Civil Veterinary Department Bengal reports 1933-51 - 1933-1951
Year: 1933
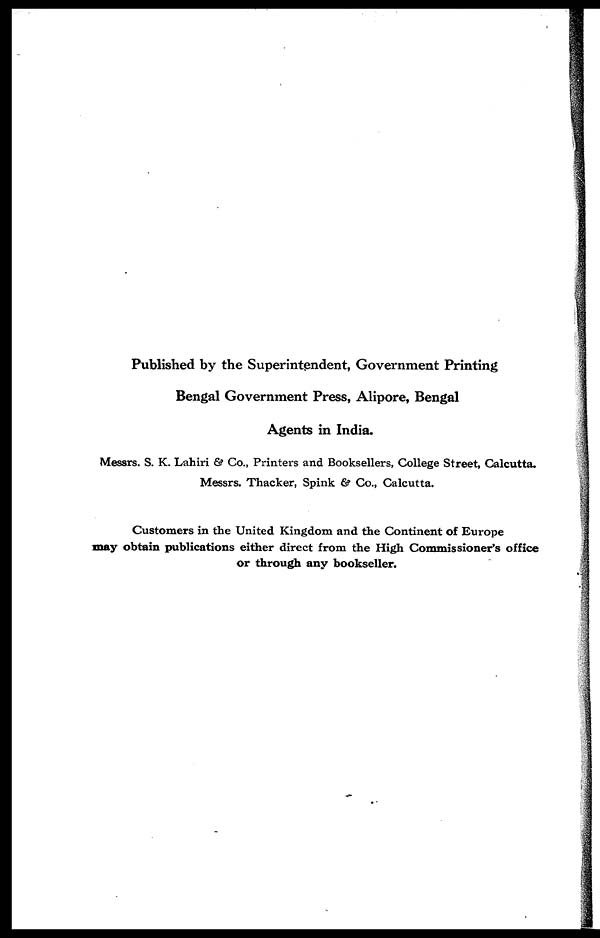
Published by the Superintendent, Government Printing
Bengal Government Press, Alipore, Bengal
Agents in India.
Messrs. S. K. Lahiri & Co., Printers and Booksellers, College Street, Calcutta.
Messrs. Thacker, Spink & Co., Calcutta.
Customers in the United Kingdom and the Continent of Europe
may obtain publications either direct from the High Commissioner's office
or through any bookseller.